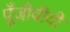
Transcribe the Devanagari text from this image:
पूँजीवीदी